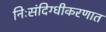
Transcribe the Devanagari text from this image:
निःसंदिग्धीकरणात